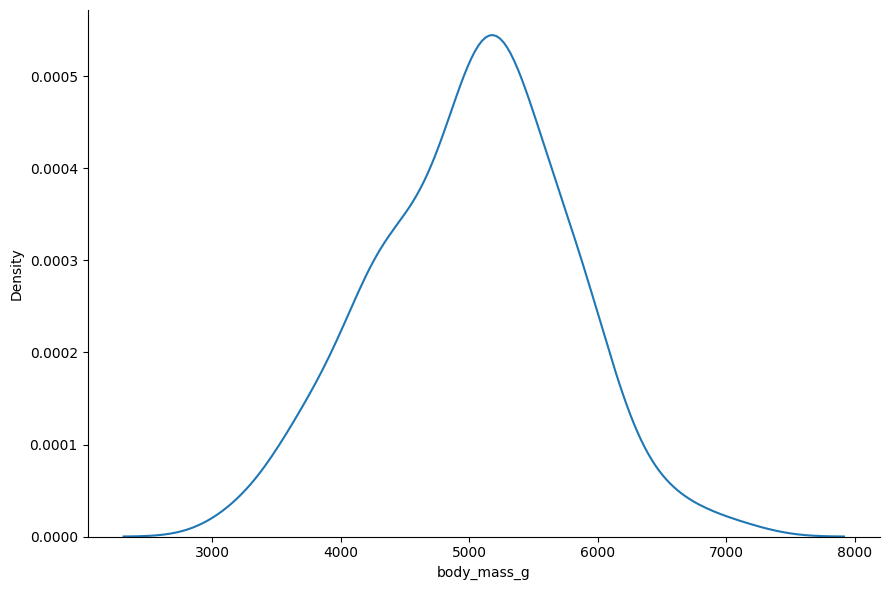
python, seaborn, displot, kind='kde', column='body_mass_g', hue='all', height=6, aspect=1.5